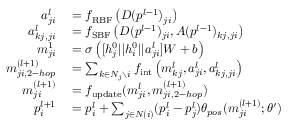
\begin{array} { r l } { a _ { j i } ^ { l } } & { { } = f _ { \mathrm { R B F } } \left( D ( p ^ { l - 1 } ) _ { j i } \right) } \\ { a _ { k j , j i } ^ { l } } & { { } = f _ { \mathrm { S B F } } \left( D ( p ^ { l - 1 } ) _ { j i } , A ( p ^ { l - 1 } ) _ { k j , j i } \right) } \\ { m _ { j i } ^ { 1 } } & { { } = \sigma \left( [ h _ { j } ^ { 0 } | | h _ { i } ^ { 0 } | | a _ { j i } ^ { l } ] W + b \right) } \\ { m _ { j i , 2 - h o p } ^ { ( l + 1 ) } } & { { } = \sum _ { k \in N _ { j } \setminus { i } } f _ { \mathrm { i n t } } \left( m _ { k j } ^ { l } , a _ { j i } ^ { l } , a _ { k j , j i } ^ { l } \right) } \\ { m _ { j i } ^ { ( l + 1 ) } } & { { } = f _ { \mathrm { u p d a t e } } ( m _ { j i } ^ { l } , m _ { j i , 2 - h o p } ^ { ( l + 1 ) } ) } \\ { p _ { i } ^ { l + 1 } } & { { } = p _ { i } ^ { l } + \sum _ { j \in N ( i ) } ( p _ { i } ^ { l } - p _ { j } ^ { l } ) \theta _ { p o s } ( m _ { j i } ^ { ( l + 1 ) } ; \theta ^ { \prime } ) } \end{array}